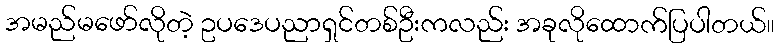
အမည်မဖော်လိုတဲ့ ဥပဒေပညာရှင်တစ်ဦးကလည်း အခုလိုထောက်ပြပါတယ်။